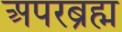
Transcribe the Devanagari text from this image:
अपरब्रह्म